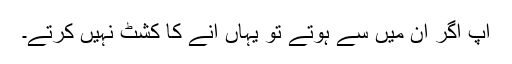
آپ اگر ان میں سے ہوتے تو یہاں آنے کا کشٹ نہیں کرتے۔